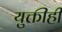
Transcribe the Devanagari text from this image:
युक्तीही